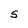
Character: S